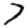
Digit: 7